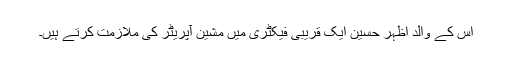
اُس کے والد اظہر حسین ایک قریبی فیکٹری میں مشین آپریٹر کی ملازمت کرتے ہیں۔